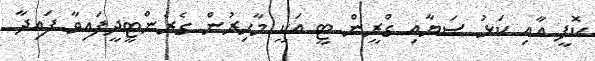
ކޮފީ އާއި ކަޅު ސަޔާއި ގްރީން ޓީ އަކީ މާހިރުން ގެރެންޓީދީފައިވާ ފައިދާ